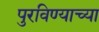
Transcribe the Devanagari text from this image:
पुरविण्याच्या